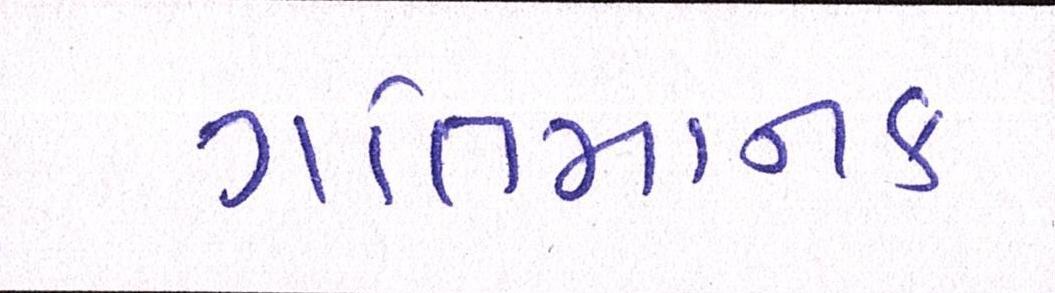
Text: ગતિમાનક